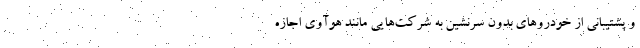
و پشتیبانی از خودروهای بدون سرنشین به شرکت‌هایی مانند هوآوی اجازه